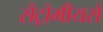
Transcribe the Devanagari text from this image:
सेंट्रोमीयरों